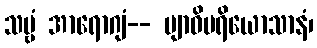
သဗ္ဗံ အာရောဂျံ-- ဗျာဓိပရိယောသာနံ၊